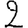
Digit: 2